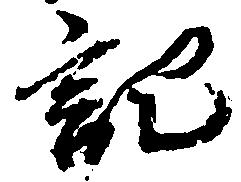
記